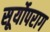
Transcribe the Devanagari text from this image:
सूर्योपराग